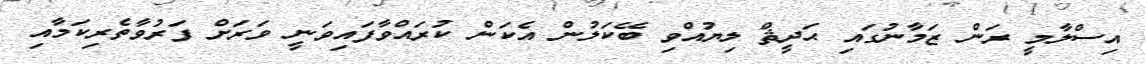
އިސްލާމީ ރަން ޒަމާނުގައި ޙަދީޘް ލިޔުއްވި ބޭކަލުން އެކަން ކުރައްވާފައިވަނީ ވަރަށް ފަރުވާތެރިކަމާއި